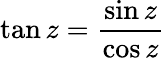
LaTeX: \tan z=\frac{\sin z}{\cos z}